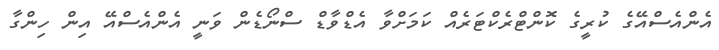
އެންއެސްއޭގެ ކުރީގެ ކޮންޓްރެކްޓަރެއް ކަމަށްވާ އެޑްވާޑް ސްނޯޑެން ވަނީ އެންއެސްއޭ އިން ހިންގާ